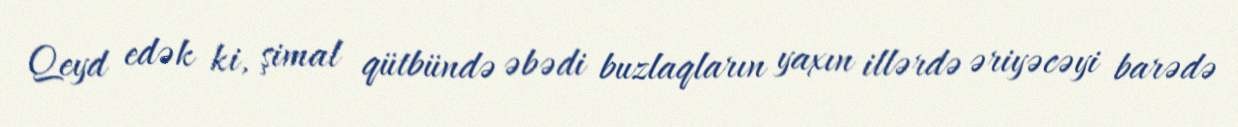
Qeyd edək ki, şimal qütbündə əbədi buzlaqların yaxın illərdə əriyəcəyi barədə